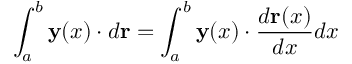
\int _ { a } ^ { b } \mathbf { y } ( x ) \cdot d \mathbf { r } = \int _ { a } ^ { b } \mathbf { y } ( x ) \cdot { \frac { d \mathbf { r } ( x ) } { d x } } d x